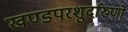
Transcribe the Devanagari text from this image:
खण्डपरशुर्दारुणो